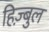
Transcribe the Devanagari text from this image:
हिज़्बुल